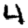
Digit: 4